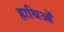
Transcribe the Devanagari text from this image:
हाथिओं